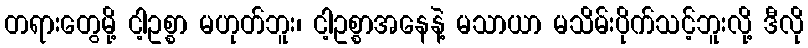
တရားတွေမို့ ငါ့ဥစ္စာ မဟုတ်ဘူး၊ ငါ့ဥစ္စာအနေနဲ့ မသာယာ မသိမ်းပိုက်သင့်ဘူးလို့ ဒီလို